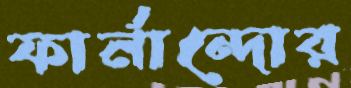
ফার্নান্দোর